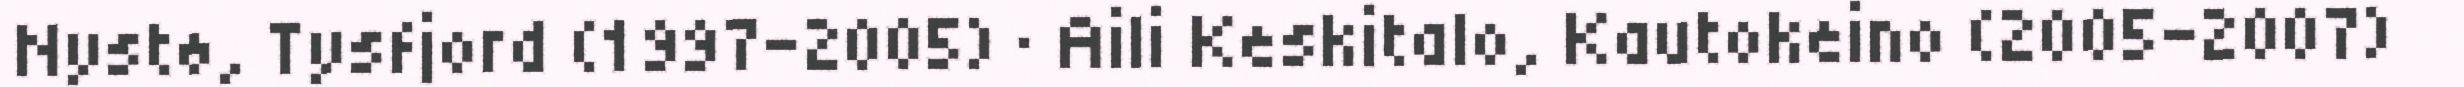
Nystø, Tysfjord (1997–2005) · Aili Keskitalo, Kautokeino (2005–2007)